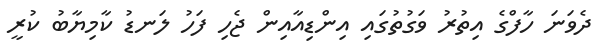
ދެވަނަ ހާފްގެ އިތުރު ވަގުތުގައި އިންޑިއާއިން ޖެހި ފަހު ލަނޑު ކާމިޔާބު ކުރީ